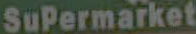
SuPermarket